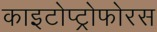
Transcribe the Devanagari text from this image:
काइटोप्ट्रोफोरस